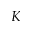
K